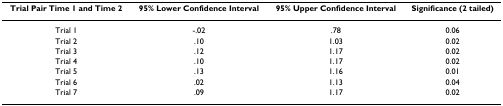
<table><thead><tr><td><b>Trial Pair Time 1 and Time 2</b></td><td><b>95% Lower Confidence Interval</b></td><td><b>95% Upper Confidence Interval</b></td><td><b>Significance (2 tailed)</b></td></tr></thead><tbody><tr><td>Trial 1</td><td>-.02</td><td>.78</td><td>0.06</td></tr><tr><td>Trial 2</td><td>.10</td><td>1.03</td><td>0.02</td></tr><tr><td>Trial 3</td><td>.12</td><td>1.17</td><td>0.02</td></tr><tr><td>Trial 4</td><td>.10</td><td>1.17</td><td>0.02</td></tr><tr><td>Trial 5</td><td>.13</td><td>1.16</td><td>0.01</td></tr><tr><td>Trial 6</td><td>.02</td><td>1.13</td><td>0.04</td></tr><tr><td>Trial 7</td><td>.09</td><td>1.17</td><td>0.02</td></tr></tbody></table>